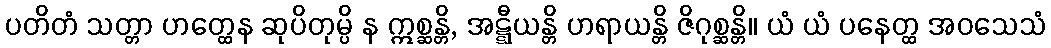
ပတိတံ သတ္တာ ဟတ္ထေန ဆုပိတုမ္ပိ န ဣစ္ဆန္တိ, အဋ္ဋီယန္တိ ဟရာယန္တိ ဇိဂုစ္ဆန္တိ။ ယံ ယံ ပနေတ္ထ အဝသေသံ